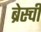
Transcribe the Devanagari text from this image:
ब्रेस्ची